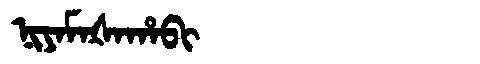
Manchu: ᠨᡳᠶᠠᠮᠠᡧᠠᡥᠠᠪᡳ
Romanization: NIYAMAŠAHABI